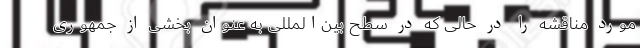
مورد مناقشه را در حالی که در سطح بین‌المللی به عنوان بخشی از جمهوری